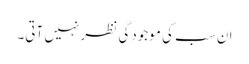
ان سب کی موجودگی نظر نہیں آتی۔